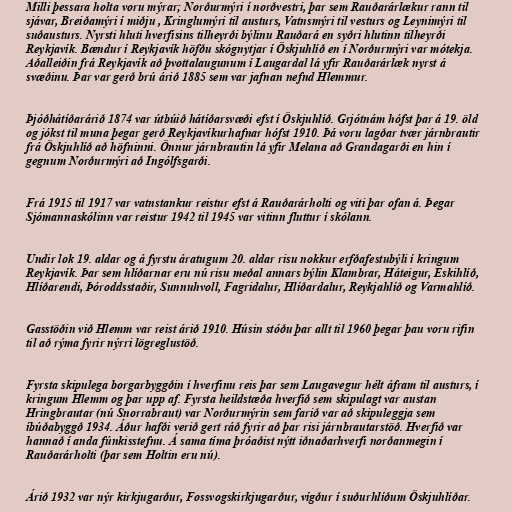
Milli þessara holta voru mýrar; Norðurmýri í norðvestri, þar sem Rauðarárlækur rann til
sjávar, Breiðamýri í miðju , Kringlumýri til austurs, Vatnsmýri til vesturs og Leynimýri til
suðausturs. Nyrsti hluti hverfisins tilheyrði býlinu Rauðará en syðri hlutinn tilheyrði
Reykjavík. Bændur í Reykjavík höfðu skógnytjar í Öskjuhlíð en í Norðurmýri var mótekja.
Aðalleiðin frá Reykjavík að þvottalaugunum í Laugardal lá yfir Rauðarárlæk nyrst á
svæðinu. Þar var gerð brú árið 1885 sem var jafnan nefnd Hlemmur.

Þjóðhátíðarárið 1874 var útbúið hátíðarsvæði efst í Öskjuhlíð. Grjótnám hófst þar á 19. öld
og jókst til muna þegar gerð Reykjavíkurhafnar hófst 1910. Þá voru lagðar tvær járnbrautir
frá Öskjuhlíð að höfninni. Önnur járnbrautin lá yfir Melana að Grandagarði en hin í
gegnum Norðurmýri að Ingólfsgarði.

Frá 1915 til 1917 var vatnstankur reistur efst á Rauðarárholti og viti þar ofan á. Þegar
Sjómannaskólinn var reistur 1942 til 1945 var vitinn fluttur í skólann.

Undir lok 19. aldar og á fyrstu áratugum 20. aldar risu nokkur erfðafestubýli í kringum
Reykjavík. Þar sem hlíðarnar eru nú risu meðal annars býlin Klambrar, Háteigur, Eskihlíð,
Hlíðarendi, Þóroddsstaðir, Sunnuhvoll, Fagridalur, Hlíðardalur, Reykjahlíð og Varmahlíð.

Gasstöðin við Hlemm var reist árið 1910. Húsin stóðu þar allt til 1960 þegar þau voru rifin
til að rýma fyrir nýrri lögreglustöð.

Fyrsta skipulega borgarbyggðin í hverfinu reis þar sem Laugavegur hélt áfram til austurs, í
kringum Hlemm og þar upp af. Fyrsta heildstæða hverfið sem skipulagt var austan
Hringbrautar (nú Snorrabraut) var Norðurmýrin sem farið var að skipuleggja sem
íbúðabyggð 1934. Áður hafði verið gert ráð fyrir að þar risi járnbrautarstöð. Hverfið var
hannað í anda fúnkisstefnu. Á sama tíma þróaðist nýtt iðnaðarhverfi norðanmegin í
Rauðarárholti (þar sem Holtin eru nú).

Árið 1932 var nýr kirkjugarður, Fossvogskirkjugarður, vígður í suðurhlíðum Öskjuhlíðar.